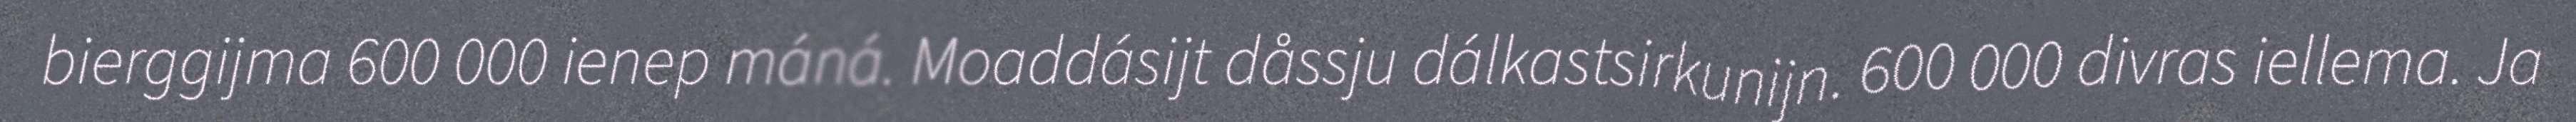
bierggijma 600 000 ienep máná. Moaddásijt dåssju dálkastsirkunijn. 600 000 divras iellema. Ja